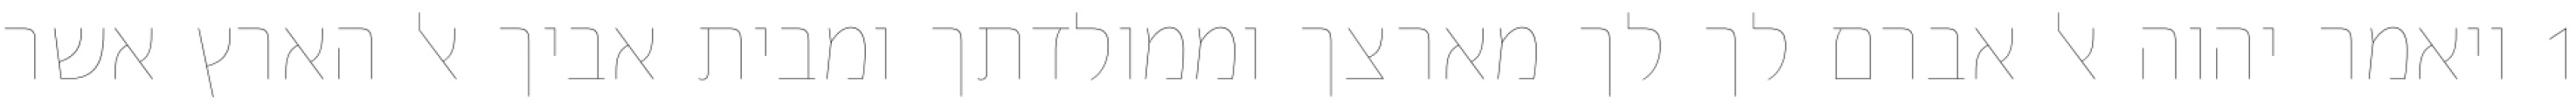
1 ויאמר יהוה אל אברם לך לך מארצך וממולדתך ומבית אביך אל הארץ אשר